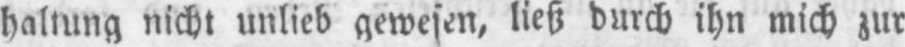
haltung nicht unlieb gewesen, ließ durch ihn mich zur